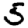
Digit: 5